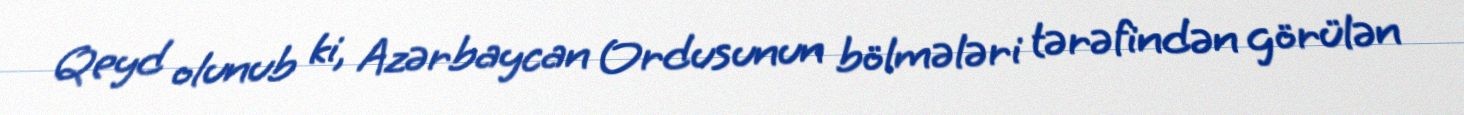
Qeyd olunub ki, Azərbaycan Ordusunun bölmələri tərəfindən görülən